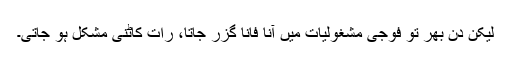
لیکن دن بھر تو فوجی مشغولیات میں آناً فاناً گزر جاتا، رات کاٹنی مشکل ہو جاتی۔